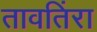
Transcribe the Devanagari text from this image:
तावतिंरा